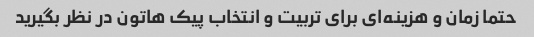
حتما زمان و هزینه‌ای برای تربیت و انتخاب پیک هاتون در نظر بگیرید